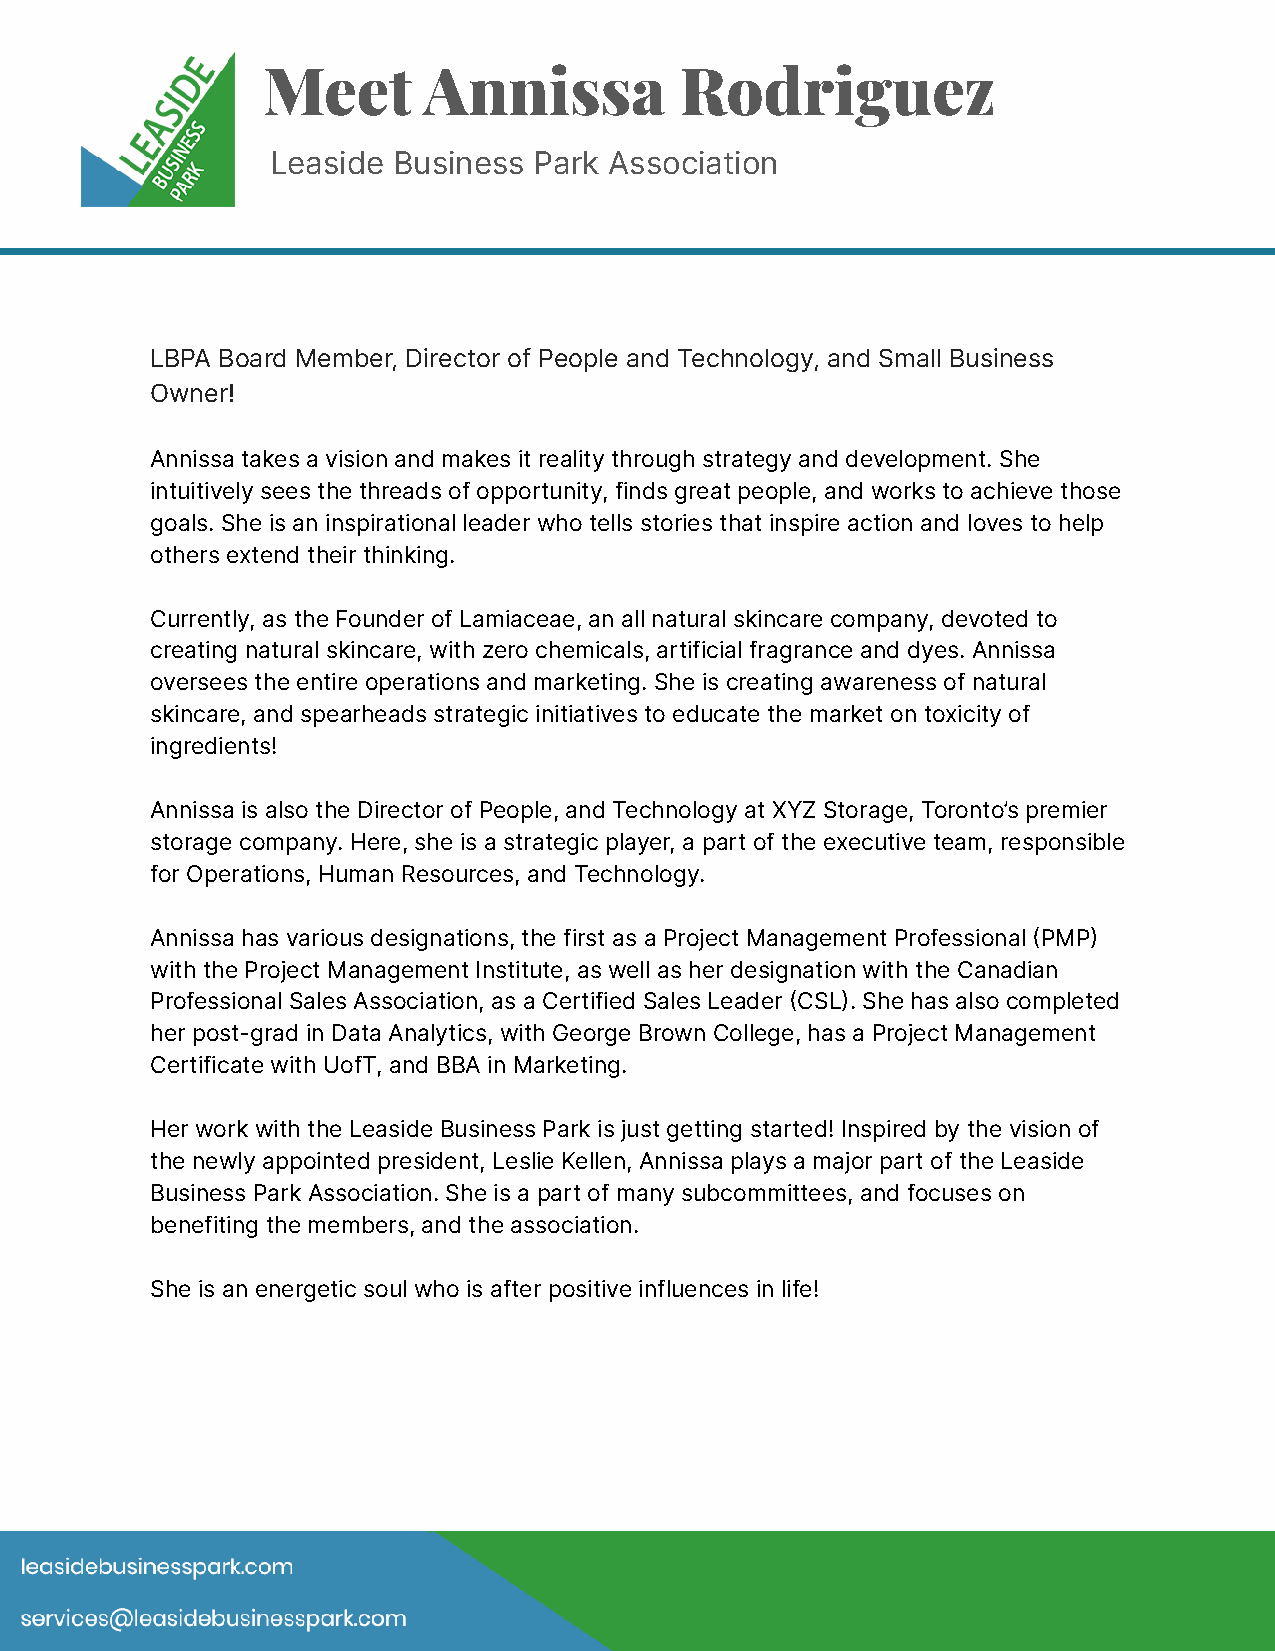
Meet       Annissa          Rodriguez
 Leaside Business Park Association
 LBPA Board Member, Director of People and Technology, and Small Business
 Owner!
 Annissa takes a vision and makes it reality through strategy and development. She
 intuitively sees the threads of opportunity, finds great people, and works to achieve those
 goals. She is an inspirational leader who tells stories that inspire action and loves to help
 others extend their thinking.
 Currently, as the Founder of Lamiaceae, an all natural skincare company, devoted to
 creating natural skincare, with zero chemicals, artificial fragrance and dyes. Annissa
 oversees the entire operations and marketing. She is creating awareness of natural
 skincare, and spearheads strategic initiatives to educate the market on toxicity of
 ingredients!
 Annissa is also the Director of People, and Technology at XYZ Storage, Toronto’s premier
 storage company. Here, she is a strategic player, a part of the executive team, responsible
 for Operations, Human Resources, and Technology.
 Annissa has various designations, the first as a Project Management Professional PMP
 with the Project Management Institute, as well as her designation with the Canadian
 Professional Sales Association, as a Certified Sales Leader CSL. She has also completed
 her post-grad in Data Analytics, with George Brown College, has a Project Management
 Certificate with UofT, and BBA in Marketing.
 Her work with the Leaside Business Park is just getting started! Inspired by the vision of
 the newly appointed president, Leslie Kellen, Annissa plays a major part of the Leaside
 Business Park Association. She is a part of many subcommittees, and focuses on
 benefiting the members, and the association.
 She is an energetic soul who is after positive influences in life!